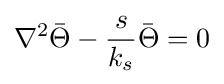
\nabla ^{2}{\bar {\Theta }}-{\frac {s}{k_{s}}}{\bar {\Theta }}=0